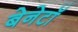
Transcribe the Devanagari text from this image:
बेनेटॉ